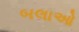
બલાઓ